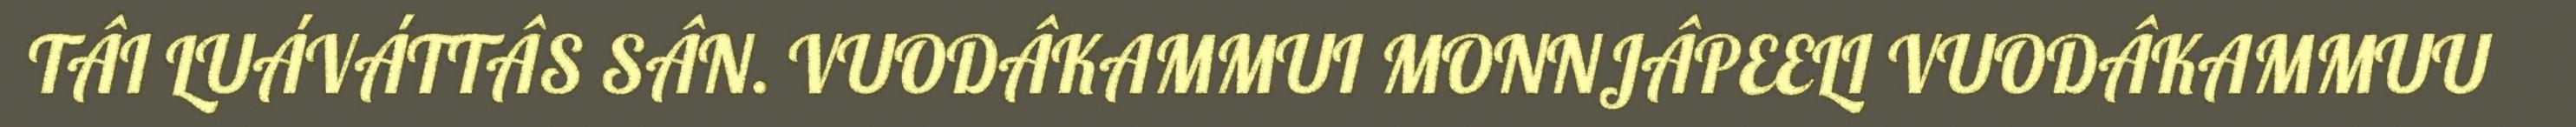
TÂI LUÁVÁTTÂS SÂN. VUODÂKAMMUI MONNJÂPEELI VUODÂKAMMUU